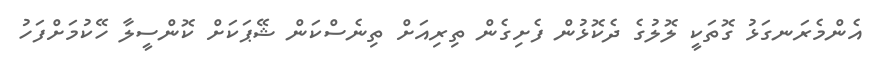
އެންމެރަނގަޅު ގޮތަކީ ލޮލުގެ ދެކޮޅުން ފެށިގެން ތިރިއަށް ތިނެސްކަން ޝޭޕަކަށް ކޮންސީލާ ހޭކުމަށްފަހު